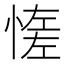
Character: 𢞑